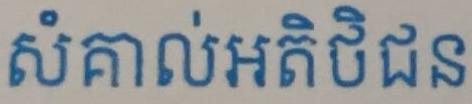
សំគាល់អតិថិជន